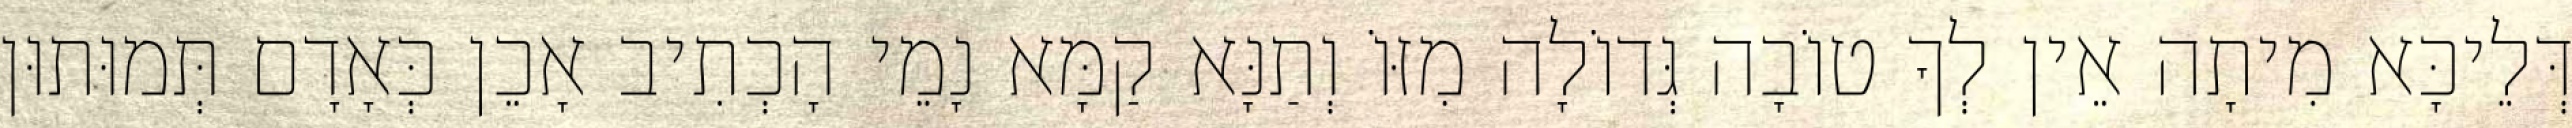
דְּלֵיכָּא מִיתָה אֵין לְךָ טוֹבָה גְּדוֹלָה מִזּוֹ וְתַנָּא קַמָּא נָמֵי הָכְתִיב אָכֵן כְּאָדָם תְּמוּתוּן